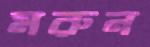
মরুন